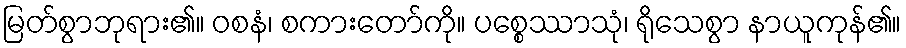
မြတ်စွာဘုရား၏။ ဝစနံ၊ စကားတော်ကို။ ပစ္စေဿာသုံ၊ ရိုသေစွာ နာယူကုန်၏။